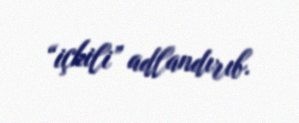
“içkili” adlandırıb.